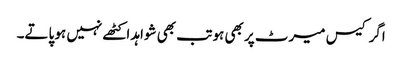
اگر کیس میرٹ پر بھی ہو تب بھی شواہد اکٹھے نہیں ہو پاتے۔